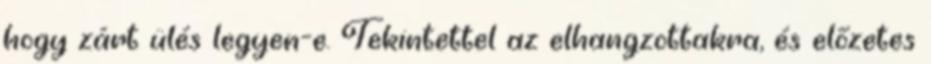
hogy zárt ülés legyen-e. Tekintettel az elhangzottakra, és előzetes